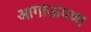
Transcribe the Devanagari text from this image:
आगाऊपणा